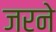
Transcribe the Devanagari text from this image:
जरने